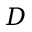
D